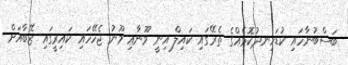
ބަސްބުނާހައި ކުޑަހިނދުކޮޅެއްގެ ތެރޭގައި ކައިލް އިނީ މޫނާއި މޫނު ޖެހޭހައި ކައިރީގައި ޒޭބާއަށް